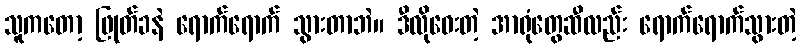
သူကတော့ ဖြုတ်ခနဲ ရောက်ရောက် သွားတာဘဲ။ ဒီလိုဝေးတဲ့ အာရုံတွေဆီလည်း ရောက်ရောက်သွားတဲ့